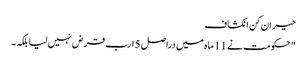
حیران کن انکشاف
" حکومت نے 11 ماہ میں دراصل 5 ارب قرض نہیں لیا بلکہ ۔